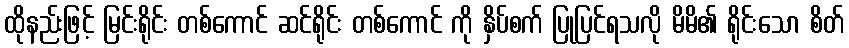
ထိုနည်းဖြင့် မြင်းရိုင်း တစ်ကောင် ဆင်ရိုင်း တစ်ကောင် ကို နှိပ်စက် ပြုပြင်ရသလို မိမိ၏ ရိုင်းသော စိတ်